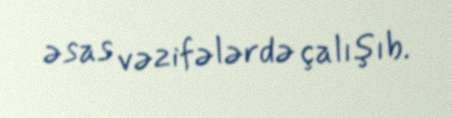
əsas vəzifələrdə çalışıb.